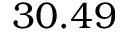
3 0 . 4 9